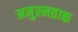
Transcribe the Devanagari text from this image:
अनुस्नताक